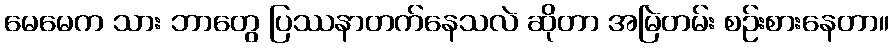
မေမေက သား ဘာတွေ ပြဿနာတက်နေသလဲ ဆိုတာ အမြဲတမ်း စဉ်းစားနေတာ။